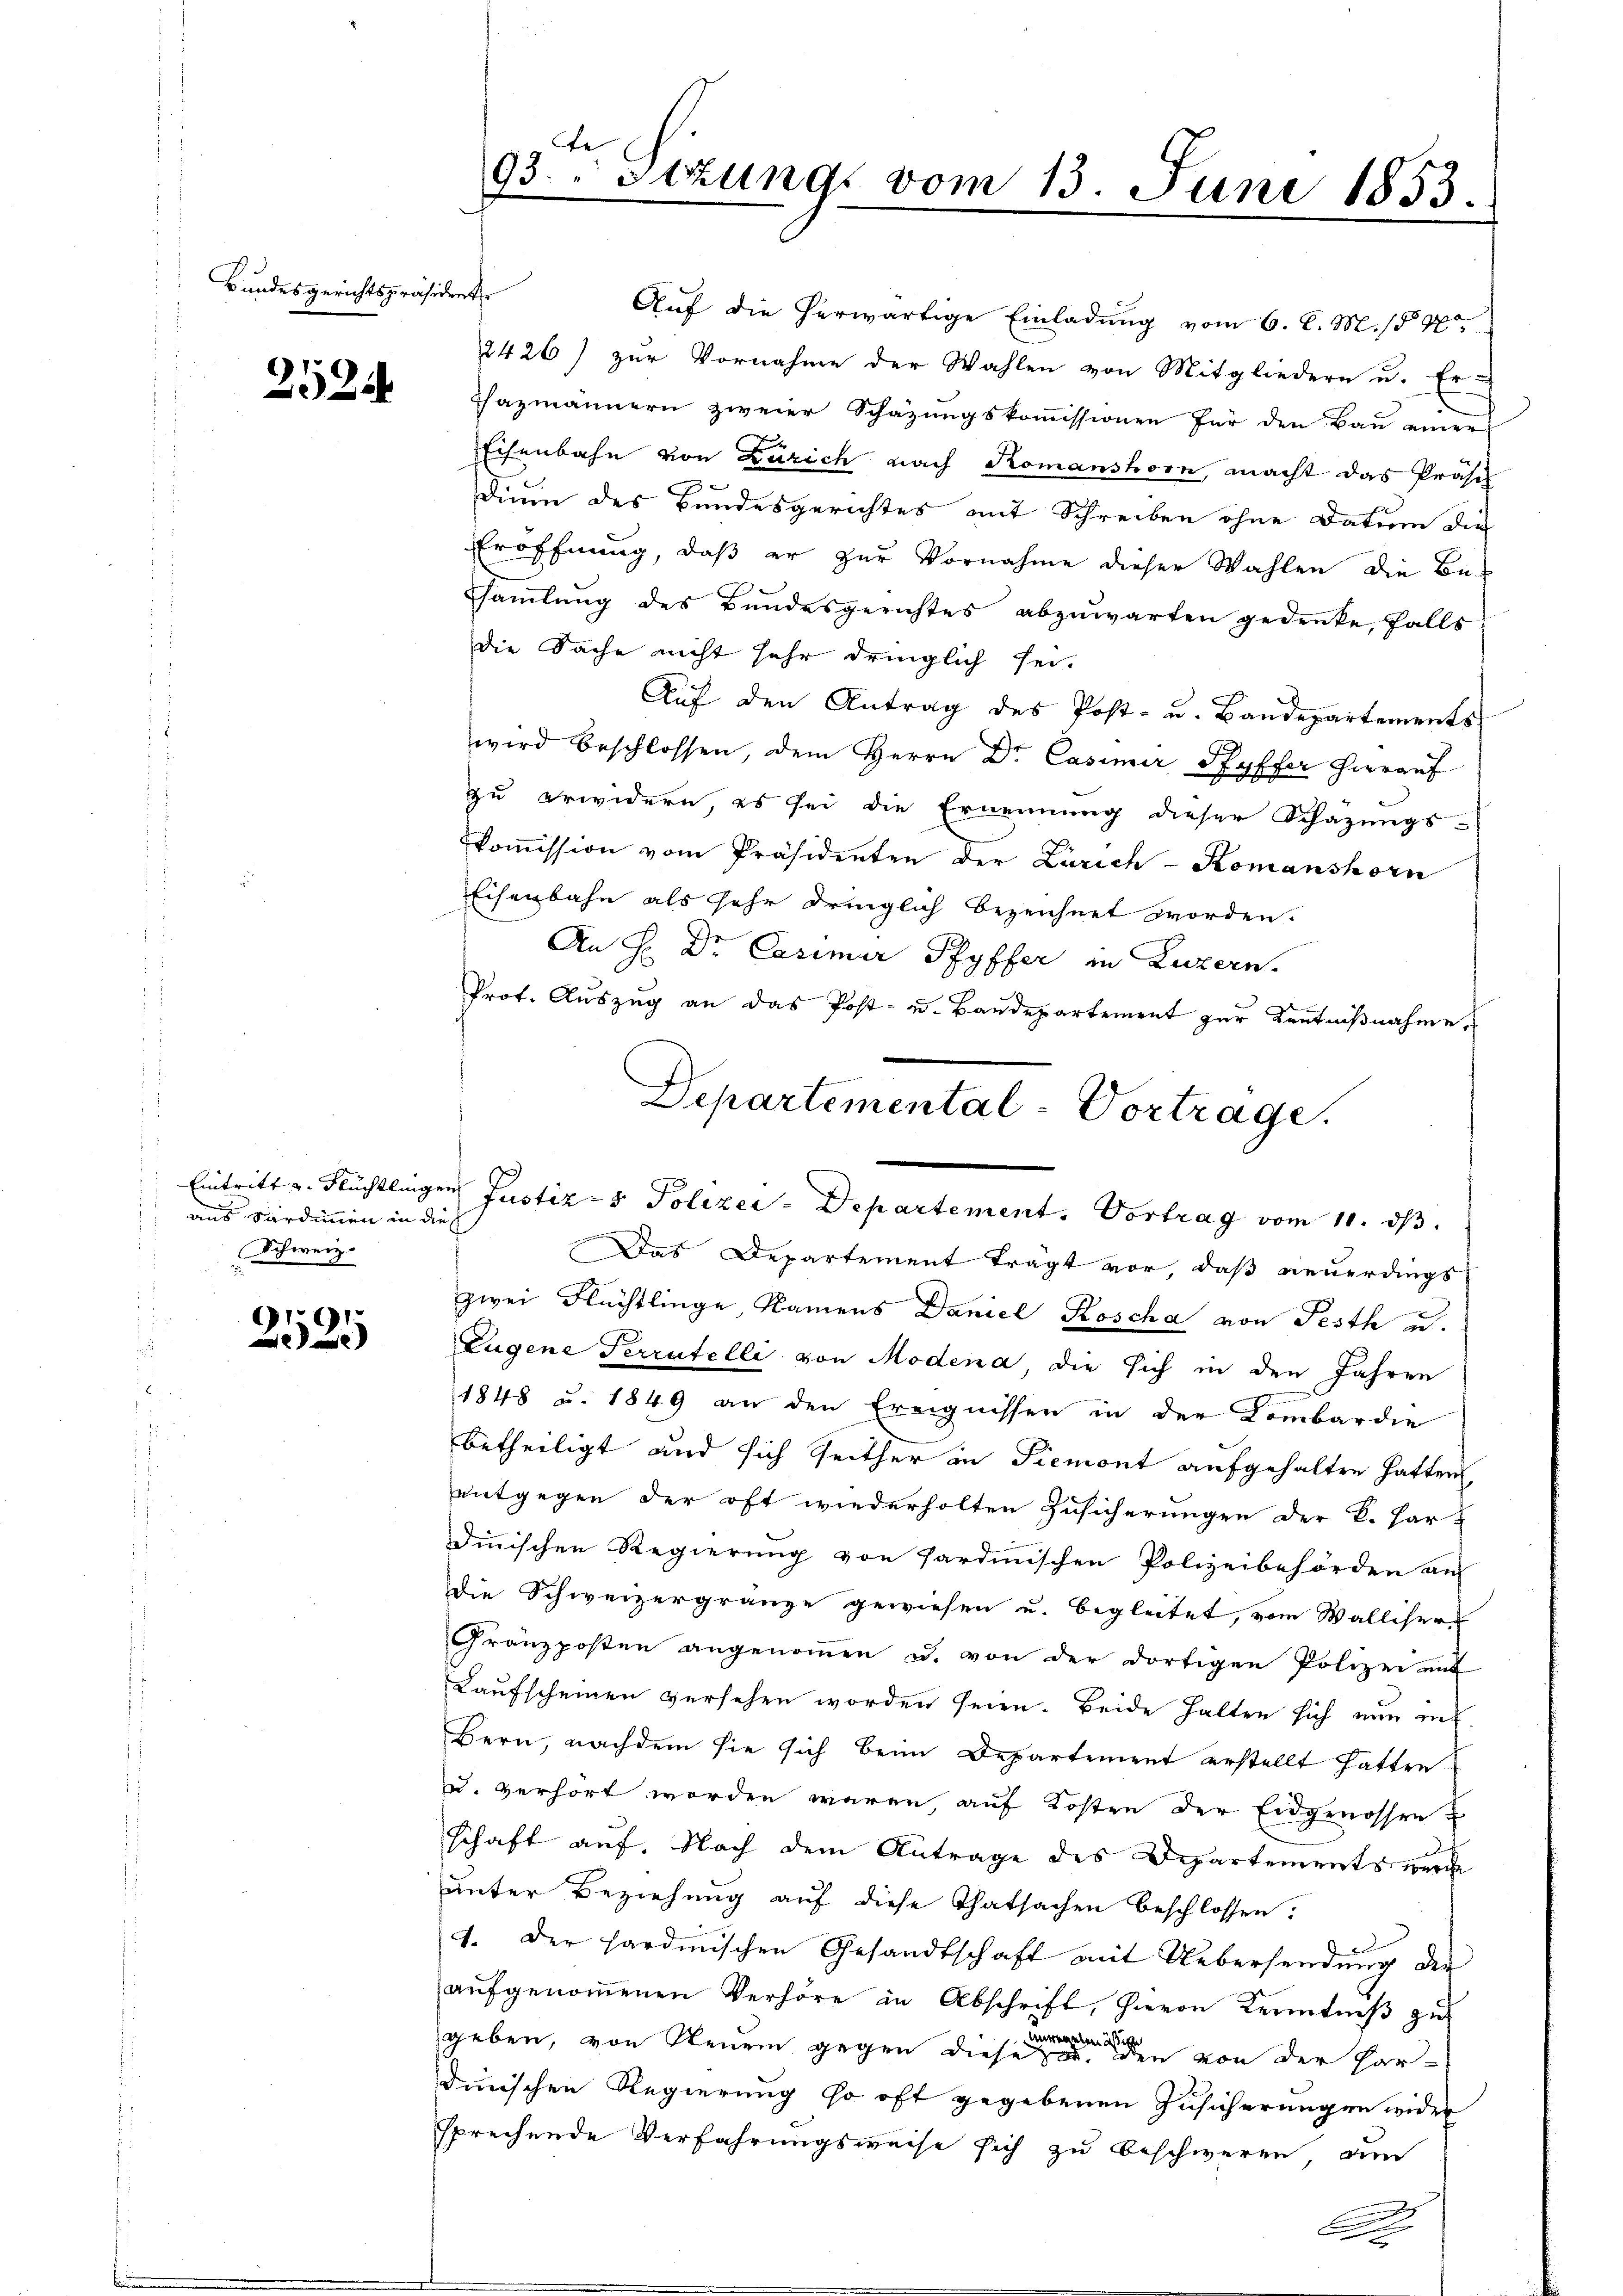
Bundesgerichtspräsident

252

aus Sardinen in dies
Schweiz.

9
e

te
93. " Stzung vom 13. Juni 1853.

Auf die herwärtige Einladung vom 6. d. M. 1890
2426) zur Vornahme der Wahlen von Mitgliedern u. Er-
u
Chazmännern zweier Schazungskommissionen für den Bau einer
Eisenbahn von Zürich nach Romanshorn, macht das Präsi
dium des Bundesgerichtes mit Schreiben ohne Datum die
Eröffnung, daß er zur Vornahme dieser Wahlen die Be-
sammlung des Bundesgerichtes abzuwarten gedenke, falls
die Sache nicht sehr dringlich sei.
Auf den Antrag des Post- u. Bandepartements
wird beschlossen, dem Herrn Dr. Casimir Pfyffer hierauf
zu erwidern, es sei die Ernennung dieser Schazungs-
koṁission vom Präsidenten der Zürich - Komanshorn
Eisenbahn als sehr dringlich bezeichnet worden.
An H: Dr. Casimir Pfyffer in Luzern.
zwei Flüchtlinge Namens Daniel Koscha von Festh u.
Lugene Terratelli von Modena die sich in den Jahren
1848 u. 1849 an den Ereignissen in der Combardie
betheiligt und sich seither in Piemont aufgehalten hatten,
entgegen der oft wiederholten Zusicherungen der K. Hart
dinischen Regierung von Sardinischen Polizeibehörden au
Die Schweizergränze gewiesen u. begleitet, vom Walliser
Gränzposten angenoṁen u. von der dortigen Polizei unt
Kaufscheinen versehen worden seien. Beide halten sich nun in
Bern, nachdem sie sich beim Departement erstellt hatten
u. verhört worden wären, auf Kosten der Eidgenossen
schaft auf. Nach dem Antrage des Departements wurde
unter Beziehung auf diese Thatsachen beschlossen:
1. Der Hardmischen Gesandtschaft mit Uebersendung der
aŭfgenoṁenen Verhöre in Abschrift, hievon Kenntniß zu
geben, von Neuem gegen diese er den von der Pardinischen Regierung so oft gegebenen Zusicherungen wider
sprechende Verfahrungsweise sich zu beschweren, am
C

Prot. Aŭszŭg an das Post- u. Baŭdepartement zŭr Keṅtniβnahme.
Departemental-Vortrage.
Eintritt u. Flüchtlingen Justiz- & Polizer-Departement. Vortrag vom 11. ds.
Das Departement trägt vor, daß neuerdings